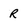
Character: R